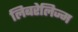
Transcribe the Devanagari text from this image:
लिबरेलिज्म